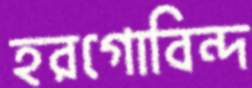
হরগোবিন্দ